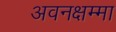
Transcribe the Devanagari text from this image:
अवनक्षम्मा